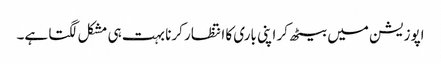
اپوزیشن میں بیٹھ کر اپنی باری کا انتظار کرنا بہت ہی مشکل لگتا ہے۔